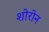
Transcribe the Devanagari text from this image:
शोरोन